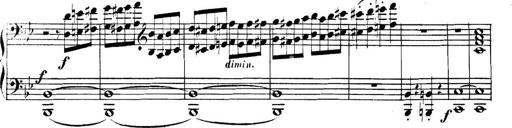
Title: Collected Piano Sonatas
Composer: Muzio Clementi